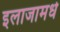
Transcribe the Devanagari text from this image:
इलाजामधे